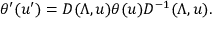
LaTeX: \theta ^ { \prime } ( u ^ { \prime } ) = D ( \Lambda , u ) \theta ( u ) D ^ { - 1 } ( \Lambda , u ) .